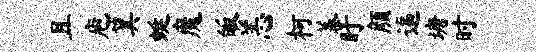
且庖箕蜓魔皈恙柯蓁盱颜逼塘时